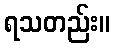
ရသတည်း။